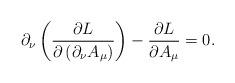
LaTeX: \begin{align*}\partial_{\nu}\left( \frac{\partial L}{\partial\left( \partial_{\nu}A_{\mu}\right) }\right) -\frac{\partial L}{\partial A_{\mu}}=0.\end{align*}